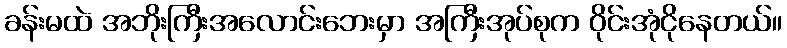
ခန်းမထဲ အဘိုးကြီးအလောင်းဘေးမှာ အကြီးအုပ်စုက ဝိုင်းအုံငိုနေတယ်။